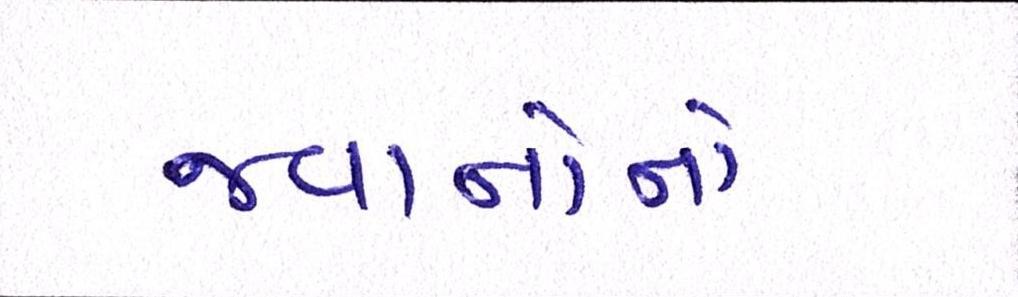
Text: જવાનોનો